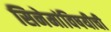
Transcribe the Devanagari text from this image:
सिनेमांविषयीची